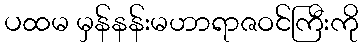
ပထမ မှန်နန်းမဟာရာဇဝင်ကြီးကို